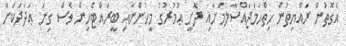
އެގޮތުން ރައްޔިތުން ހިތްހަމަޖައްސާލުމަށާއި ދޮށީ ޢުމުރުގެ މީހުންނާއި ބީރައްޓެހިން ވެސް ގިނަ ޢަދަދަކަށް